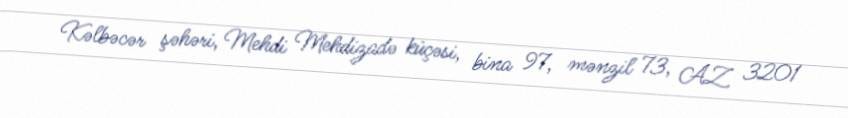
Kəlbəcər şəhəri, Mehdi Mehdizadə küçəsi, bina 97, mənzil 73, AZ 3201